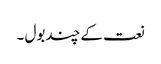
نعت کے چند بول ۔